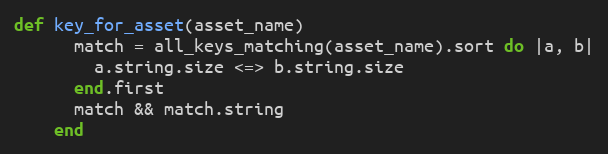
Language: Ruby
def key_for_asset(asset_name)
      match = all_keys_matching(asset_name).sort do |a, b|
        a.string.size <=> b.string.size
      end.first
      match && match.string
    end